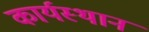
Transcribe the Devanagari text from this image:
कार्यस्‍थान